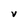
Character: V